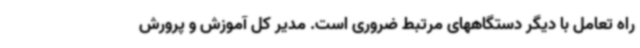
راه تعامل با دیگر دستگاههای مرتبط ضروری است. مدیر کل آموزش و پرورش